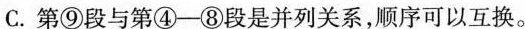
C.第⑨段与第④-⑧段是并列关系，顺序可以互换。